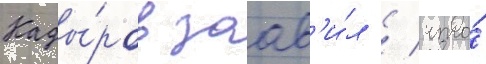
Кады́ров заав'и́л / что́